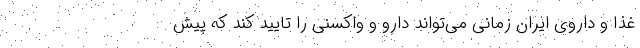
غذا و داروی ایران زمانی می‌تواند دارو و واکسنی را تایید کند که پیش